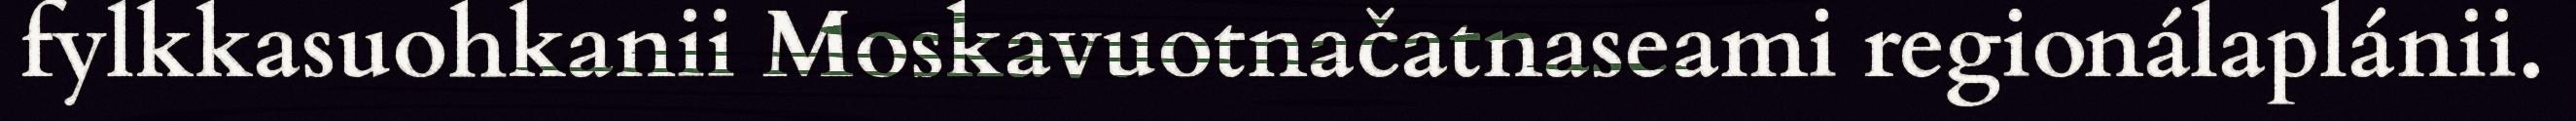
fylkkasuohkanii Moskavuotnačatnaseami regionálaplánii.